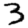
Digit: 3